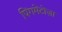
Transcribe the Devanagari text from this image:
पिंगमेंटोज़ा